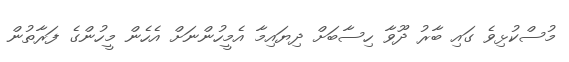
މުސްކުޅިވެ ގައި ބާރު ދޫވާ ހިސާބަށް ދިޔައިމާ އެމީހުންނަށް އެހެން މީހުންގެ ފަރާތުން